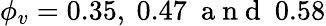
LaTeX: \phi_{v}=0.35,\ 0.47\ \mathrm{~a~n~d~}\ 0.58